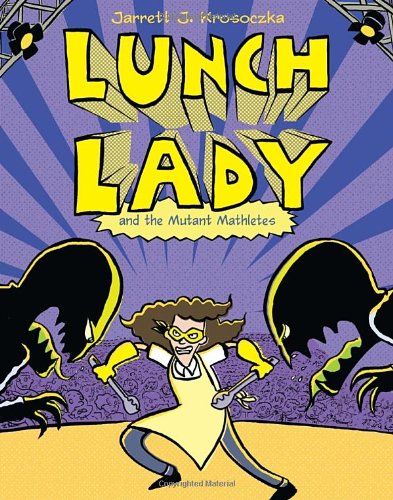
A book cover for Lunch Lady and the Mutant Mathletes: Lunch Lady #7; Jarrett J. Krosoczka; Children's Books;